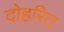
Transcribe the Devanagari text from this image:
दोहरित